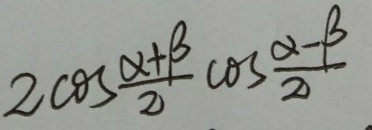
\[2\cos\frac{\alpha+\beta}{2}\cos\frac{\alpha - \beta}{2}\]